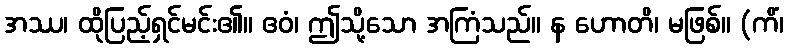
အဿ၊ ထိုပြည့်ရှင်မင်း၏။ ဧဝံ၊ ဤသို့သော အကြံသည်။ န ဟောတိ၊ မဖြစ်။ (ကိံ၊